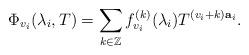
LaTeX: \begin{align*}\Phi_{v_i}(\lambda_i,T) = \sum_{k\in{\mathbb Z}} f_{v_i}^{(k)}(\lambda_i)T^{(v_i+k){\bf a}_i}.\end{align*}